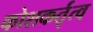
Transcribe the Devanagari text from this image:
कोशकर्तृत्व